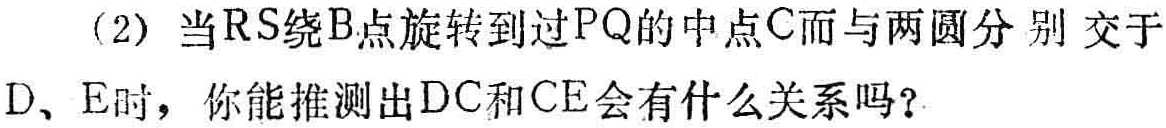
(2) 当$RS$绕$B$点旋转到过$PQ$的中点$C$而与两圆分别交于$D、E$时，你能推测出$DC$和$CE$会有什么关系吗？